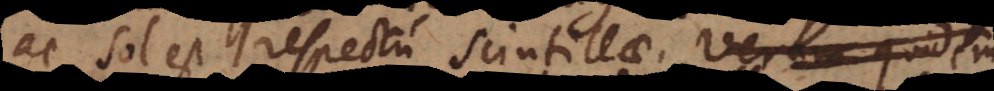
ac sol est respectu scintillae. Veram quidem